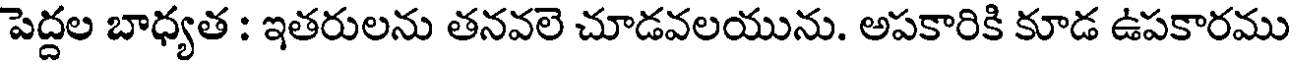
పెద్దల బాధ్యత : ఇతరులను తనవలె చూడవలయును. అపకారికి కూడ ఉపకారము